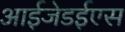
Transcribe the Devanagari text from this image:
आईजेडईएस